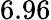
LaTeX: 6.96